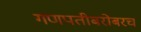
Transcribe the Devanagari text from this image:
गणपतीबरोबरच